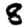
Digit: 8